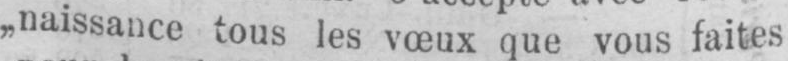
„naissance tous les vœux que vous faites